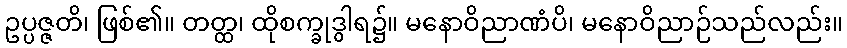
ဥပ္ပဇ္ဇတိ၊ ဖြစ်၏။ တတ္ထ၊ ထိုစက္ခုဒွါရ၌။ မနောဝိညာဏံပိ၊ မနောဝိညာဉ်သည်လည်း။